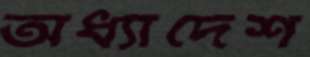
অধ্যাদেশ